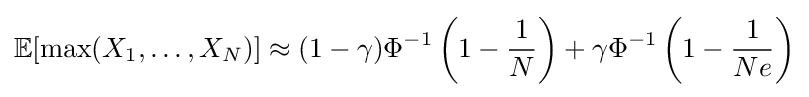
\mathbb {E} [\max(X_{1},\dots ,X_{N})]\approx (1-\gamma )\Phi ^{-1}\left(1-{\frac {1}{N}}\right)+\gamma \Phi ^{-1}\left(1-{\frac {1}{Ne}}\right)